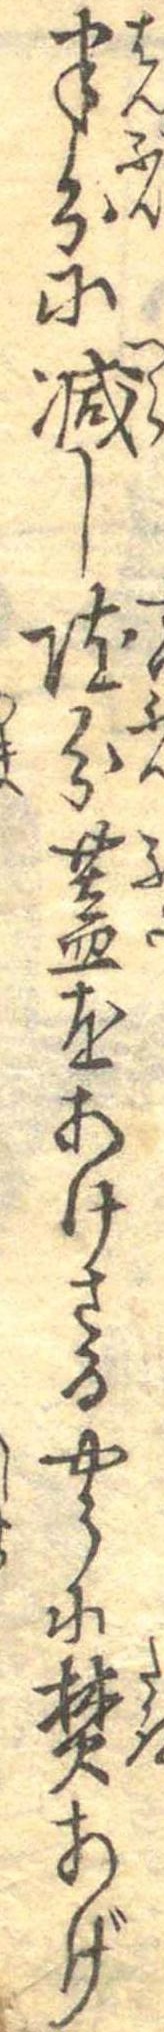
半分に減し随分蓋をあけさるやうに焚あげ